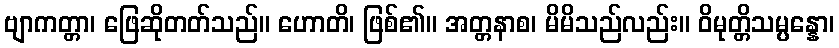
ဗျာကတ္တာ၊ ဖြေဆိုတတ်သည်။ ဟောတိ၊ ဖြစ်၏။ အတ္တနာစ၊ မိမိသည်လည်း။ ဝိမုတ္တိသမ္ပန္နော၊